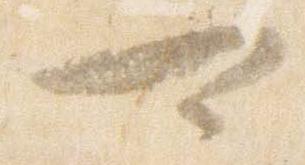
可